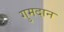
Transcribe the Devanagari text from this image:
गुमदान